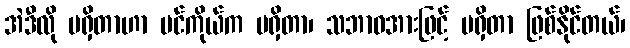
အဲဒီလို မရှိတာဟာ ပင်ကိုယ်က မရှိတာ၊ သဘာဝအားဖြင့် မရှိတာ ဖြစ်နိုင်တယ်၊